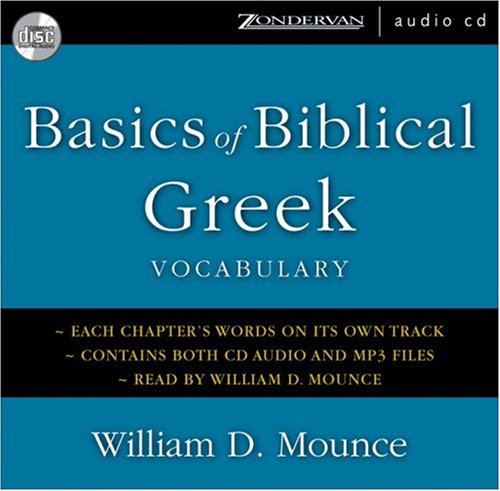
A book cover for Basics of Biblical Greek Vocabulary; William D. Mounce; Christian Books & Bibles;